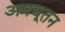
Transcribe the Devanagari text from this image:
अवधूतन